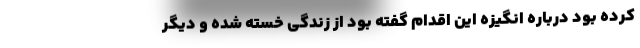
کرده بود درباره انگیزه این اقدام گفته بود از زندگی خسته شده و دیگر